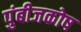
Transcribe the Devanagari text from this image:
पुंबीजकोष